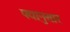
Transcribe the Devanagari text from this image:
पद्यानुसार